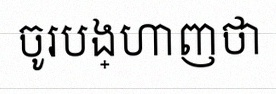
ចូរបង្ហាញថា